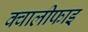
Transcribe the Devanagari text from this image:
क्वालीफाइ